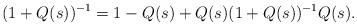
LaTeX: \begin{align*}(1+Q(s))^{-1}= 1-Q(s)+Q(s) (1+Q(s))^{-1} Q(s).\end{align*}